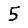
Digit: 5